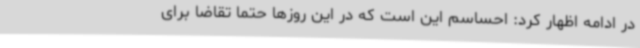
در ادامه اظهار کرد: احساسم این است که در این روزها حتماً تقاضا برای